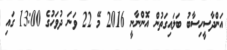
އަންދާސީހިސާބު ބަލައިގަތުން އޮންނާނީ 2016 މޭ 22 ވަނަ ދުވަހުގެ 13:00 ގައި